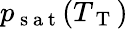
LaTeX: p_{\mathrm{~s~a~t~}}(T_{\mathrm{~T~}})